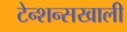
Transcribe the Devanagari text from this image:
टेन्शन्सखाली